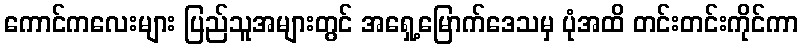
ကောင်ကလေးများ ပြည်သူအများတွင် အရှေ့မြောက်ဒေသမှ ပုံအထိ တင်းတင်းကိုင်ကာ